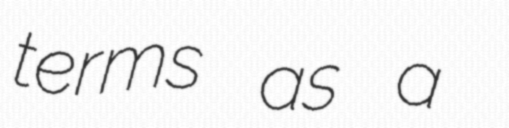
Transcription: terms as a